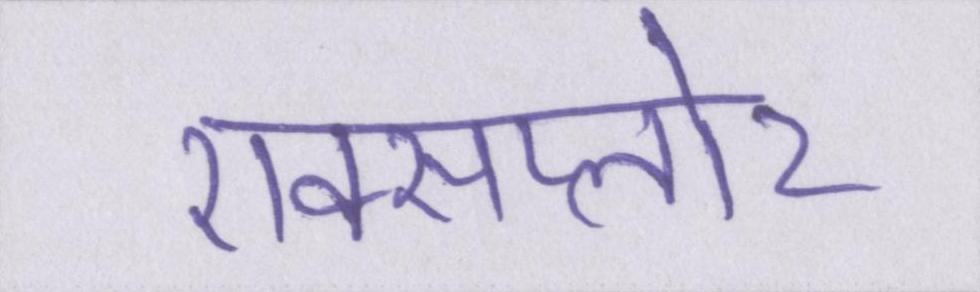
एक्सप्लोर